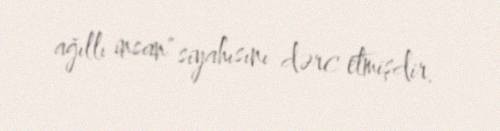
ağıllı insan" siyahısını dərc etmişdir.